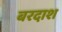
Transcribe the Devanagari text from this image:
बरदाश